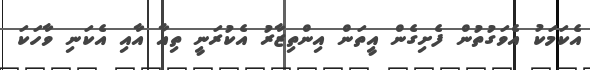
އެކަމަކު އެވަގުތުން ފެށިގެން އީތަން އިންތިޒާރު އެކުރަނީ ތިއާ އާއި އެކަނި ވާހަކަ